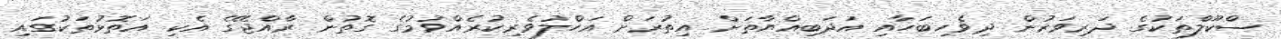
ސްކޫލްތަކުގެ ދަރިވަރުން ދިވެހިބަހާއި އަދަބިއްޔާތަށް އިތުރަށް އަހްލުވެރިކުރެއްވުމުގެ ގޮތުން ރާއްޖޭގެ އެކި އަތޮޅުތަކުގައި